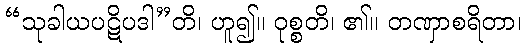
“သုခါယပဋိပဒါ”တိ၊ ဟူ၍။ ဝုစ္စတိ၊ ၏။ တဏှာစရိတာ၊